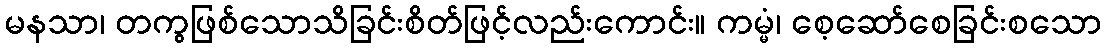
မနသာ၊ တကွဖြစ်သောသိခြင်းစိတ်ဖြင့်လည်းကောင်း။ ကမ္မံ၊ စေ့ဆော်စေခြင်းစသော